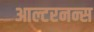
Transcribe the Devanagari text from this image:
आल्टरनन्स